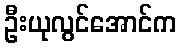
ဦးယုလွင်အောင်က